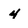
Character: 4